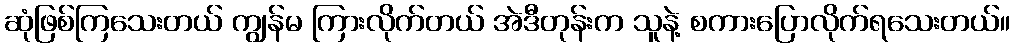
ဆုံဖြစ်ကြသေးတယ် ကျွန်မ ကြားလိုက်တယ် အဲဒီတုန်းက သူနဲ့ စကားပြောလိုက်ရသေးတယ်။